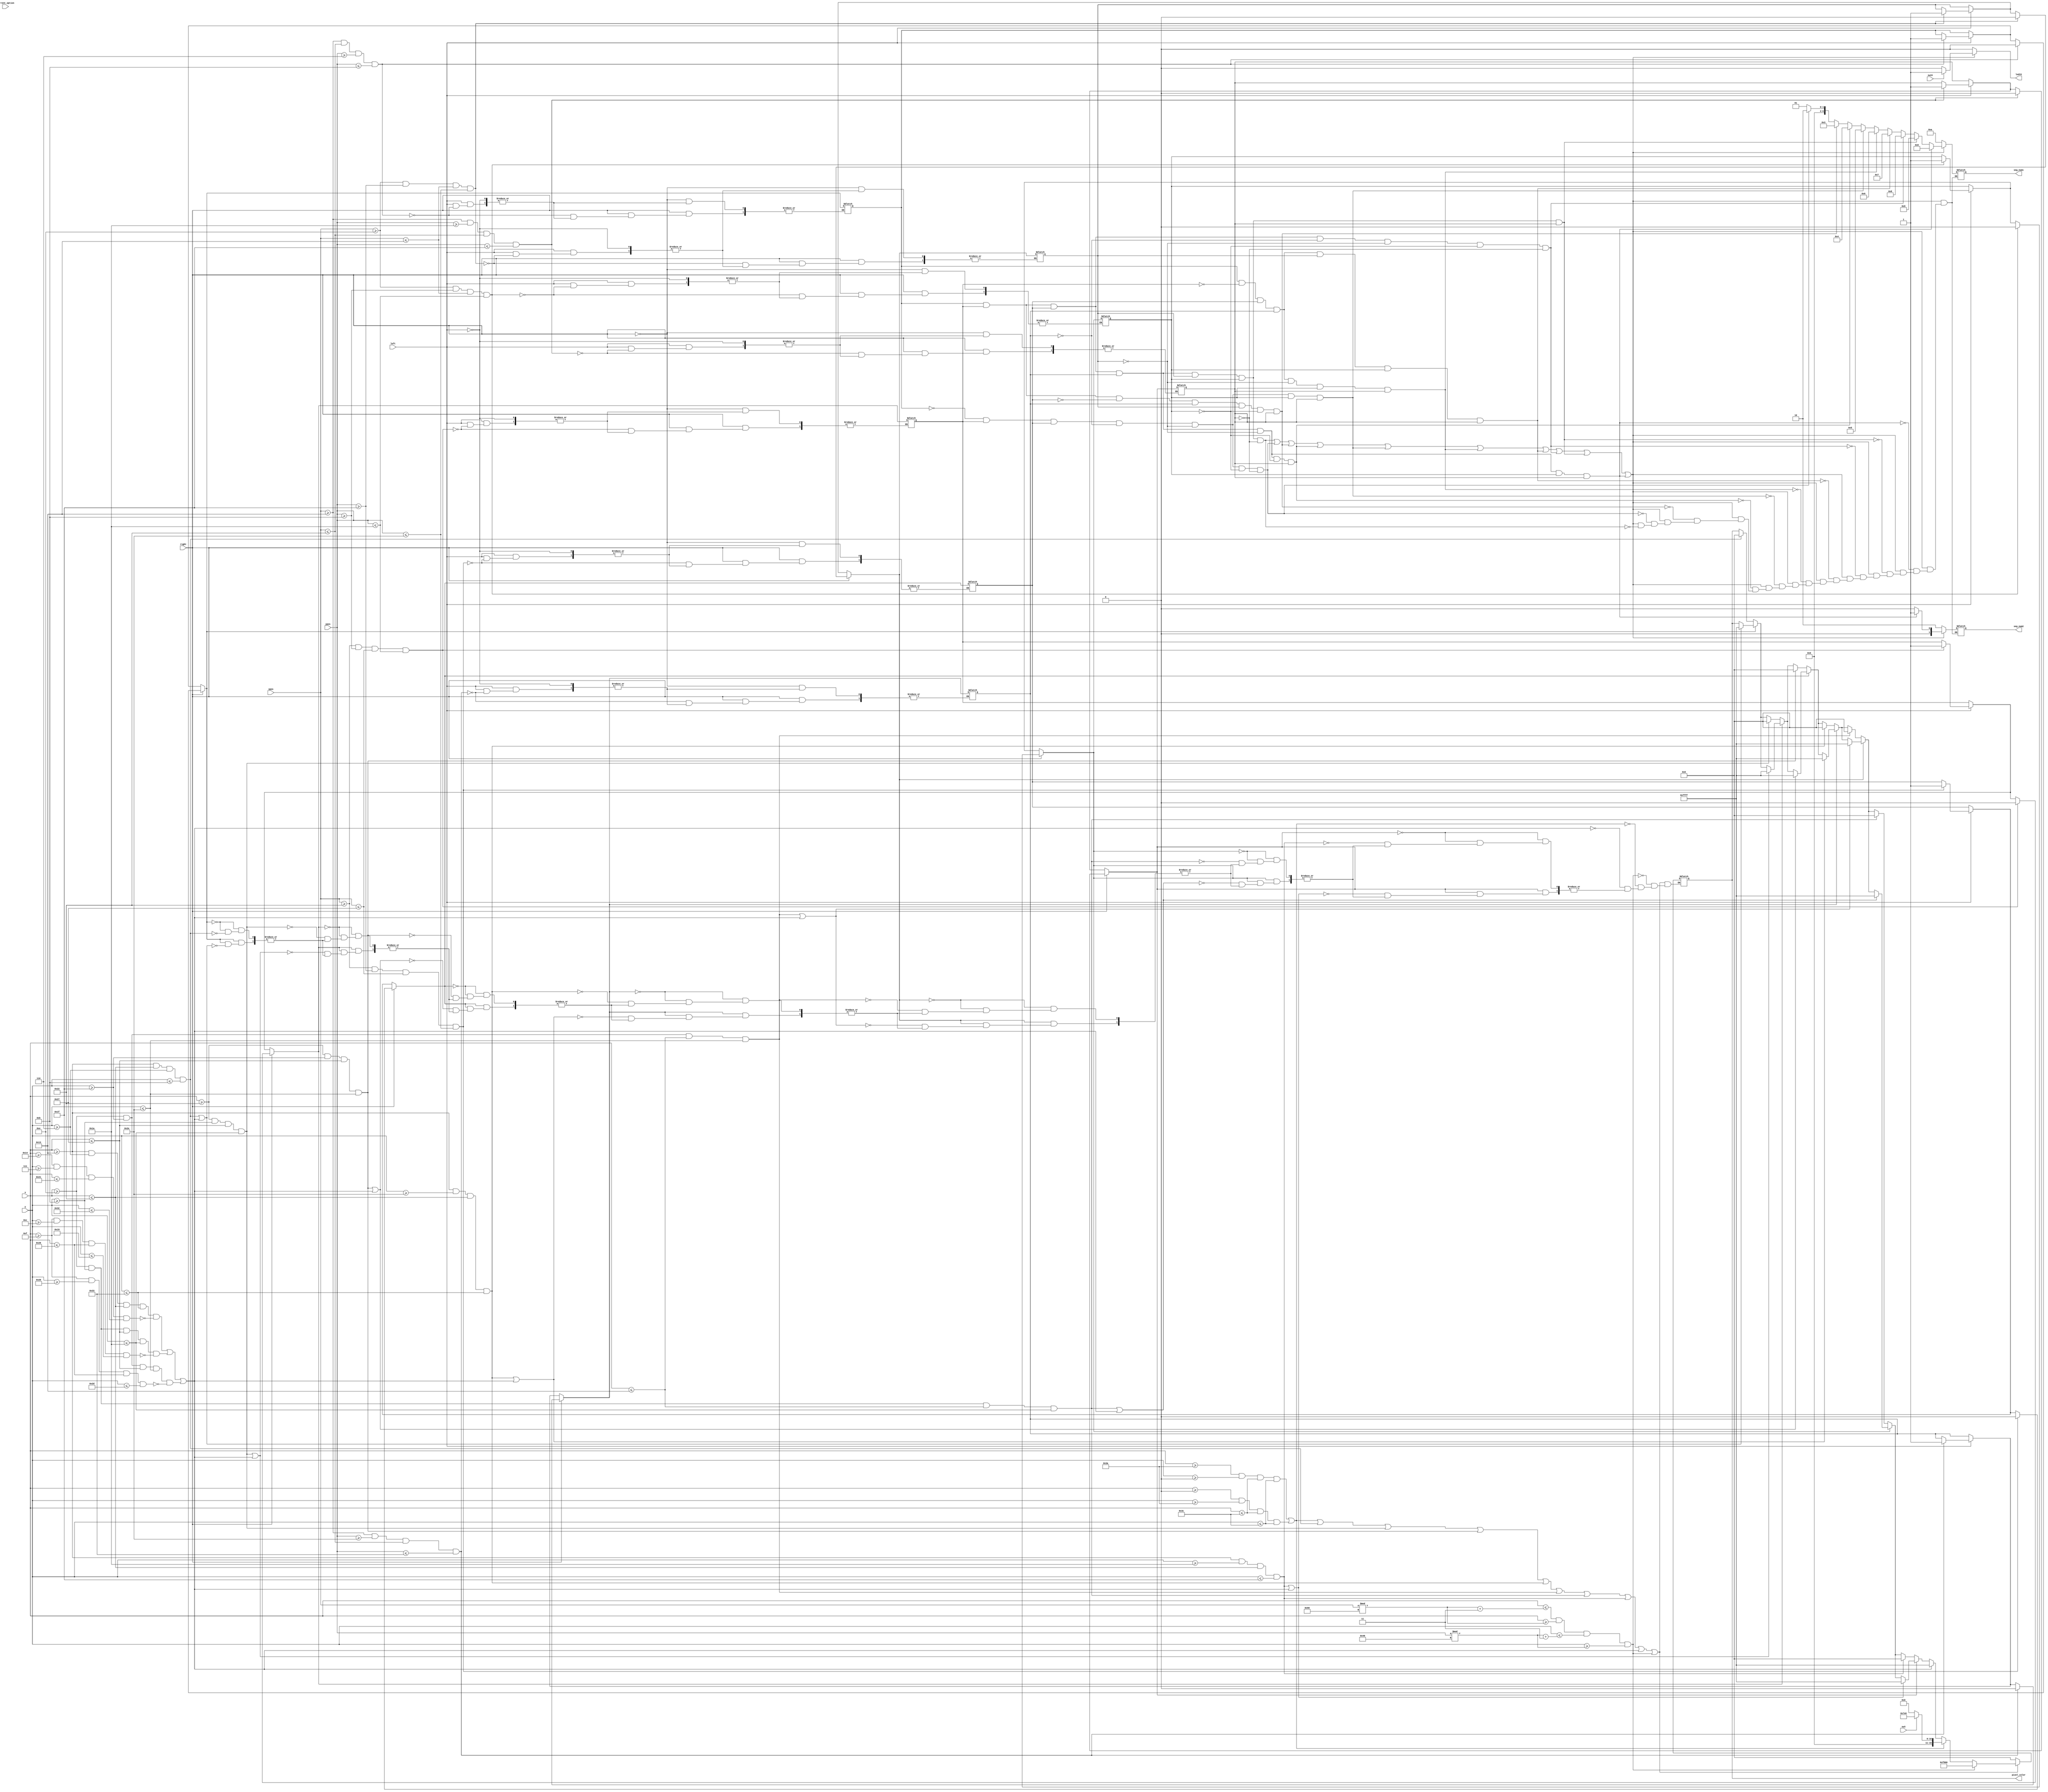
`timescale 1ns / 1ps
//////////////////////////////////////////////////////////////////////////////////
// Company: 
// Engineer: 
// 
// Design Name: 
// Module Name: grp_task_module
// Project Name: 
// Target Devices: 
// Tool Versions: 
// Description: 
// 
// Dependencies: 
// 
// Revision:
// Revision 0.01 - File Created
// Additional Comments:
// 
//////////////////////////////////////////////////////////////////////////////////


module grp_task_module( input [7:0] x, y, output reg [15:0] pixel_color,input [11:0] xpos, input [11:0] ypos, input right, input left,
 input sw15, input sw3, input [2:0] current_option, output reg led15, output reg [6:0] seg_num1, output reg [1:0] seg_num2);
 
    parameter [15:0] green = 16'h07E0;
    parameter [15:0] red = 16'hF800;
    parameter [15:0] black = 16'h0000;
    parameter [15:0] white = 16'hFFFF;
 
    //Oled boolean
    wire lines, seg7, a, b, c, d, e, f, g, cursor, void;    
    assign lines = ( (x >= 58 && y >= 0 && x <= 60 && y <= 60) || (x >= 0 && y >= 58 && x <= 60 && y <= 60) );
    assign a = (x >= 19 && x <= 34 && y >= 6 && y <= 11 );
    assign b = (x >= 34 && y >= 11 && x <= 39 && y <= 26);
    assign c = (x >= 34 && y >= 31 && x <= 39 && y <= 46);
    assign d = (x >= 19 && y >= 46 && x <= 34 && y <= 51);
    assign e = (x >= 14 && y >= 31 && x <= 19 && y <= 46);
    assign f = (x >= 14 && y >= 11 && x <= 19 && y <= 26);
    assign g = (x >= 19 && y >= 26 && x <= 34 && y <= 31);
    assign seg7 = ( ((x >= 19 && y >= 6 && x <= 34 && y <= 51) && !(x >= 20 && y >= 7 && x <= 33 && y <= 50)) ||
                   ((x >= 14 && y >= 11 && x <= 39 && y <= 26) && !(x >= 15 && y >= 12 && x <= 38 && y <= 25)) ||
                   ((x >= 14 && y >= 31 && x <= 39 && y <= 46) && !(x >= 15 && y >= 32 && x <= 38 && y <= 45)) );
    assign cursor = ( x <= ((xpos%96) + 3) && x >= (xpos%96) && (y <= (ypos%64) + 3) && y >= (ypos%64));
    assign void = !(lines || a || b || c || d || e || f || g || seg7 || cursor);
    
    //Cursor position relative to 7seg
    wire a_pos, b_pos, c_pos, d_pos, e_pos, f_pos, g_pos;
    assign a_pos = (xpos >= 19 && xpos <= 34 && ypos >= 6 && ypos <= 11 );
    assign b_pos = (xpos >= 34 && ypos >= 11 && xpos <= 39 && ypos <= 26);
    assign c_pos = (xpos >= 34 && ypos >= 31 && xpos <= 39 && ypos <= 46);
    assign d_pos = (xpos >= 19 && ypos >= 46 && xpos <= 34 && ypos <= 51);
    assign e_pos = (xpos >= 14 && ypos >= 31 && xpos <= 19 && ypos <= 46);
    assign f_pos = (xpos >= 14 && ypos >= 11 && xpos <= 19 && ypos <= 26);
    assign g_pos = (xpos >= 19 && ypos >= 26 && xpos <= 34 && ypos <= 31);
    
    reg a_on, b_on, c_on, d_on, e_on, f_on, g_on;
    
    //Valid seg combinations
    wire s0, s1, s2, s3, s4, s5, s6, s7, s8, s9;
    assign s0 = a_on & b_on & c_on & d_on & e_on & f_on & ~g_on; 
    assign s1 = ~a_on & b_on & c_on & ~d_on & ~e_on & ~f_on & ~g_on;
    assign s2 = a_on & b_on & ~c_on & d_on & e_on & ~f_on & g_on; 
    assign s3 = a_on & b_on & c_on & d_on & ~e_on & ~f_on & g_on;
    assign s4 = ~a_on & b_on & c_on & ~d_on & ~e_on & f_on & g_on; 
    assign s5 = a_on & ~b_on & c_on & d_on & ~e_on & f_on & g_on;
    assign s6 = a_on & ~b_on & c_on & d_on & e_on & f_on & g_on; 
    assign s7 = a_on & b_on & c_on & ~d_on & ~e_on & ~f_on & ~g_on;
    assign s8 = a_on & b_on & c_on & d_on & e_on & f_on & g_on; 
    assign s9 = a_on & b_on & c_on & d_on & ~e_on & f_on & g_on;
        
    always @ (*) begin
            if (left) begin
                if (a_pos) a_on = 1; if (b_pos) b_on = 1; if (c_pos) c_on = 1; if (d_pos) d_on = 1; 
                if (e_pos) e_on = 1; if (f_pos) f_on = 1; if (g_pos) g_on = 1;
            end
            if (right) begin
                if (a_pos) a_on = 0; if (b_pos) b_on = 0; if (c_pos) c_on = 0; if (d_pos) d_on = 0; 
                if (e_pos) e_on = 0; if (f_pos) f_on = 0; if (g_pos) g_on = 0;
            end
           
            if (a_on) begin if (a || seg7) pixel_color = white; end
            else begin if (a) pixel_color = black; end

            if (b_on) begin if (b || seg7) pixel_color = white; end
            else begin if (b) pixel_color = black; end
    
            if (c_on) begin if (c || seg7) pixel_color = white; end
            else begin if (c) pixel_color = black; end
            
            if (d_on) begin if (d || seg7) pixel_color = white; end
            else begin if (d) pixel_color = black; end
                    
            if (e_on) begin if (e || seg7) pixel_color = white; end
            else begin if (e) pixel_color = black; end
                            
            if (f_on) begin if (f || seg7) pixel_color = white; end
            else begin if (f) pixel_color = black; end
                                    
            if (g_on) begin if (g || seg7) pixel_color = white; end
            else begin if (g) pixel_color = black; end    
        
            if (s0 || s1 || s2 || s3 || s4 || s5 || s6 || s7 || s8 || s9) begin
                led15 = sw15 ? 1 : 0;
                if (s0) begin seg_num2 = 0; seg_num1 = 1; end
                if (s1) begin seg_num2 = 0; seg_num1 = 2; end
                if (s2) begin seg_num2 = 0; seg_num1 = 3; end
                if (s3) begin seg_num2 = 0; seg_num1 = 4; end
                if (s4) begin seg_num2 = 0; seg_num1 = 5; end
                if (s5) begin seg_num2 = 0; seg_num1 = 6; end
                if (s6) begin seg_num2 = 0; seg_num1 = 7; end
                if (s7) begin seg_num2 = 0; seg_num1 = 8; end
                if (s8) begin seg_num2 = 0; seg_num1 = 9; end
                if (s9) begin seg_num2 = 1; seg_num1 = 0; end          
                end else begin
                    led15 = 0;
                    seg_num1 = 10;
                    seg_num2 = 2;
                end                                                                                                                           
        
            if (seg7) pixel_color = white;
            if (lines) pixel_color = sw3 ? green : black;             
            if (cursor) pixel_color = red;
            if (void) pixel_color = black;
        
    end
endmodule